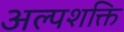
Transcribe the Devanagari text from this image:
अल्पशक्ति